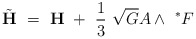
\begin{align*}{\tilde{\bf H}} ~=~{\bf H}~+~\frac13~\sqrt{G} A \wedge~ ^*F~\end{align*}